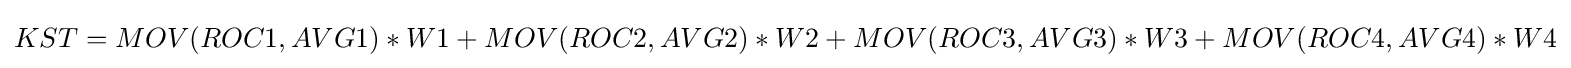
KST=MOV(ROC1,AVG1)*W1+MOV(ROC2,AVG2)*W2+MOV(ROC3,AVG3)*W3+MOV(ROC4,AVG4)*W4